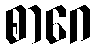
စာဂေ